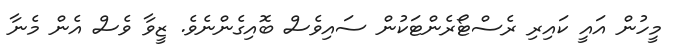
މީހުން އައީ ކައިރި ރެސްޓޯރެންޓަކުން ސައިވެސް ބޮއިގެންނެވެ. ޒީވާ ވެސް އެން މެނާ